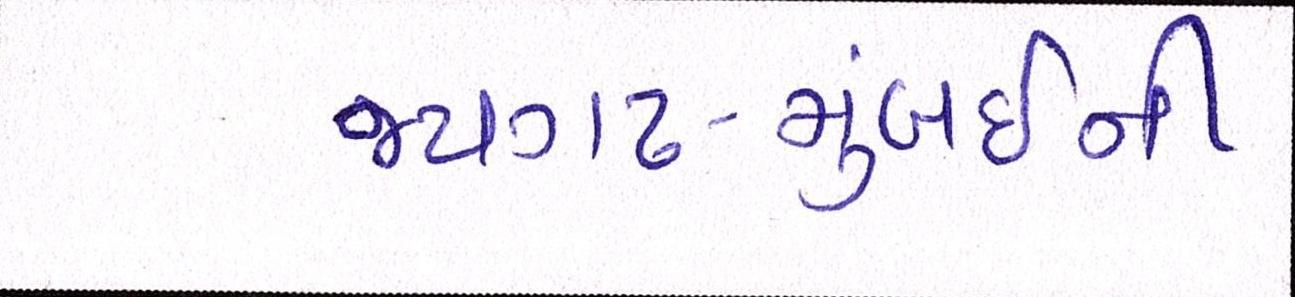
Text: જયગઢ-મુંબઈની